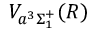
V _ { a ^ { 3 } \Sigma _ { 1 } ^ { + } } ( R )